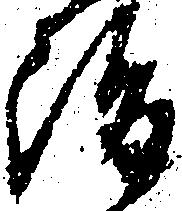
後